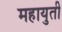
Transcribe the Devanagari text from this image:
महायुती